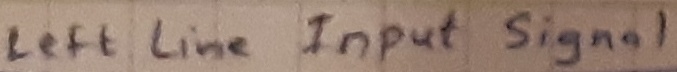
Text: left line Input signal